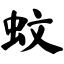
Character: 蚊